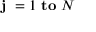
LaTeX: \mathbf { j } \ = 1 \ \mathbf { t o } \ N